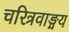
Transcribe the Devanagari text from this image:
चरित्रवाङ्मय